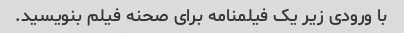
با ورودی زیر یک فیلمنامه برای صحنه فیلم بنویسید.